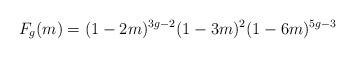
LaTeX: \begin{align*}F_g(m) = (1-2m)^{3g-2} (1-3m)^{2} (1-6m)^{5g-3} \end{align*}